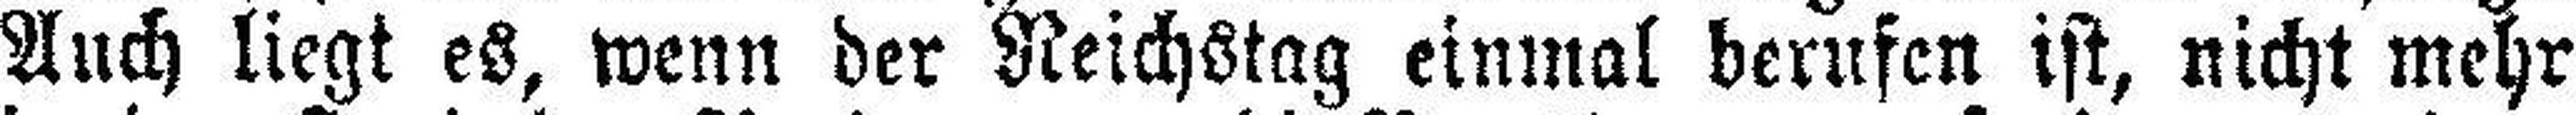
Auch liegt es, wenn der Reichstag einmal berufen ist, nicht mehr